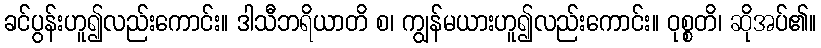
ခင်ပွန်းဟူ၍လည်းကောင်း။ ဒါသီဘရိယာတိ စ၊ ကျွန်မယားဟူ၍လည်းကောင်း။ ဝုစ္စတိ၊ ဆိုအပ်၏။